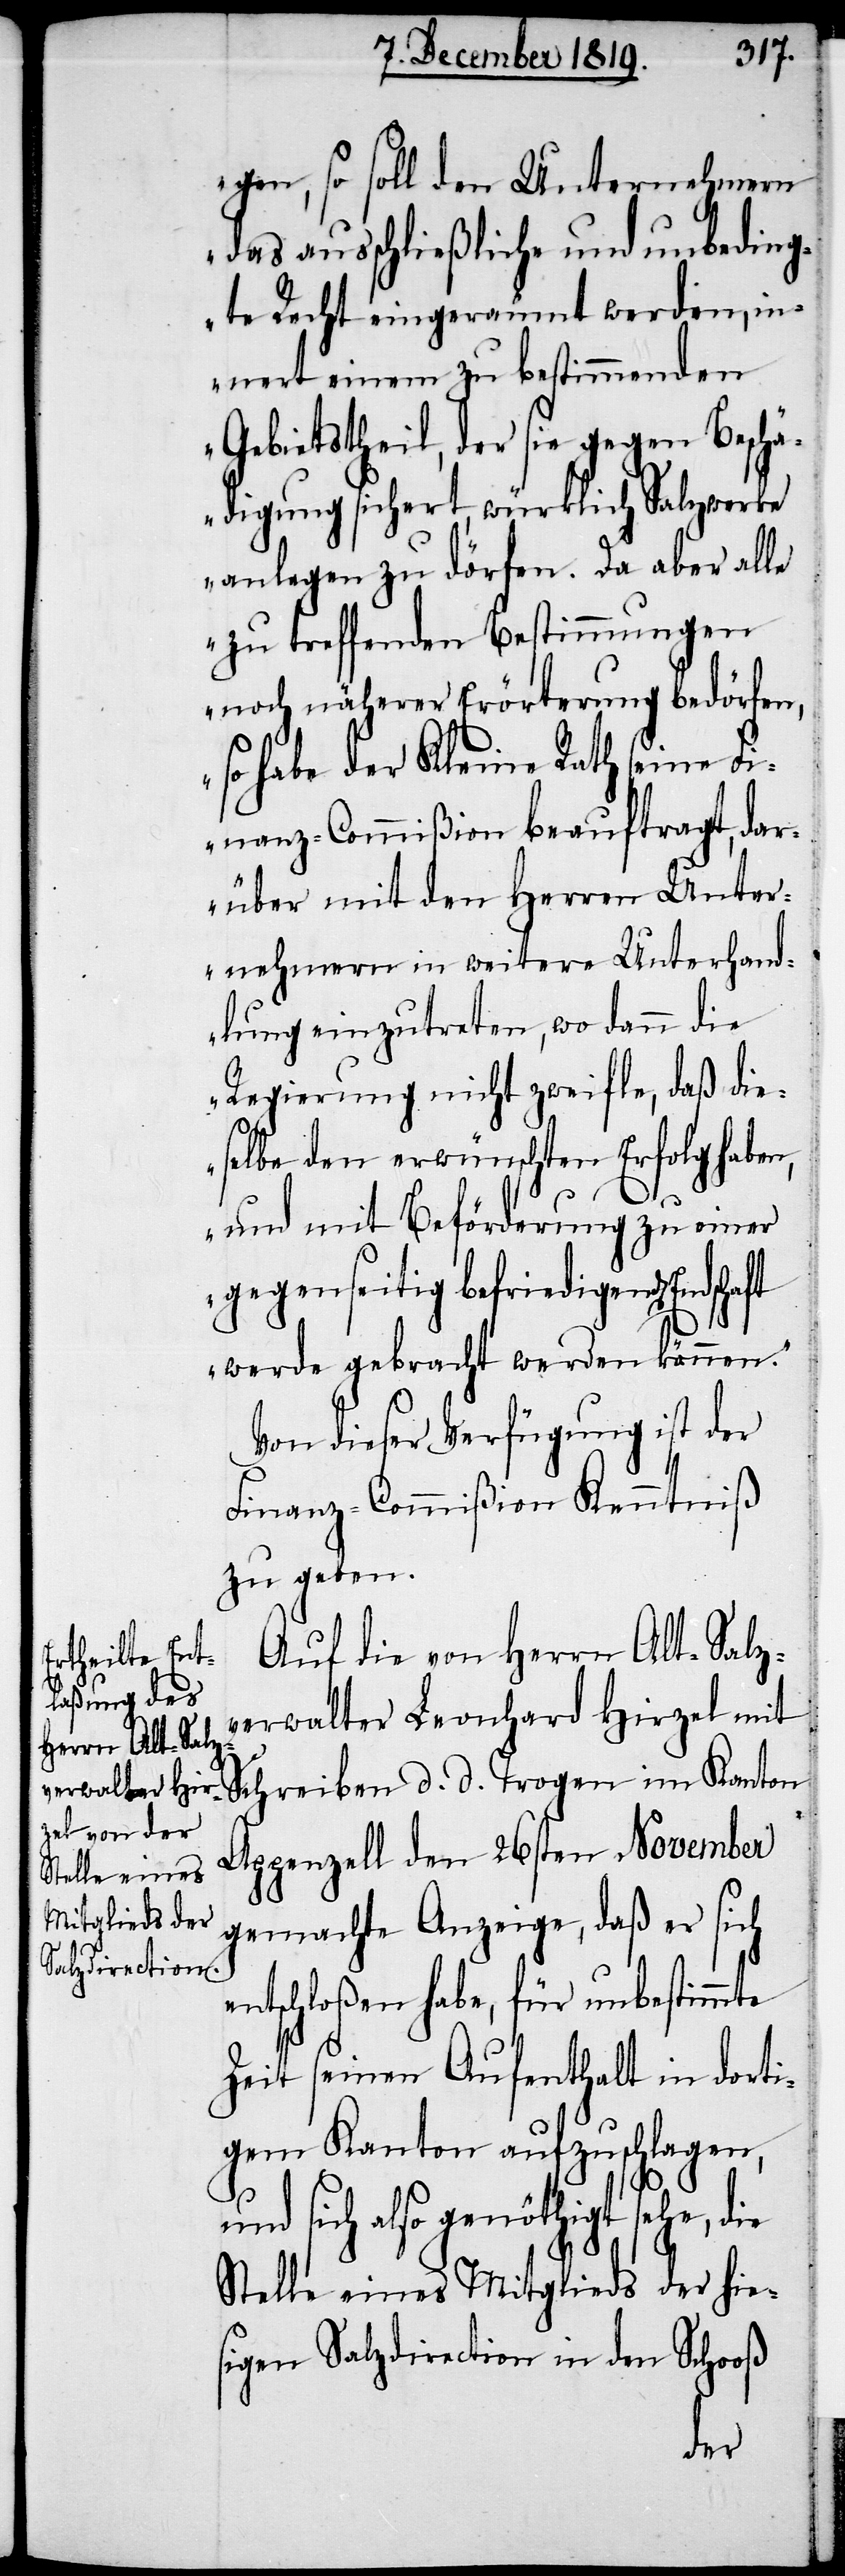
gen, so soll den Unternehmern
das ausschließliche und unbeding¬
te Recht eingeräumt werden, in¬
nert einem zu bestimmenden
Gebietstheil, der sie gegen Beschä¬
digung sichert, würklich Salzwerke
anlegen zu dörfen. Da aber alle
zu treffenden Bestimmungen
noch näherer Erörterung bedörfen,
so habe der Kleine Rath seine Fi¬
nanz-Commißion beauftragt, dar¬
über mit den Herren Unter¬
nehmern in weitere Unterhand¬
lung einzutreten, wo dann die
Regierung nicht zweifle, daß die¬
selbe den erwünschten Erfolg haben,
und mit Beförderung zu einer
gegenseitig befriedigend[en]
werde gebraucht werden können.“
Von dieser Verfügung ist der
Finanz-Commißion Kenntniß
zu geben.
Auf die von Herrn Alt-Salz¬
verwalter Leonhard Hirzel mit
Schreiben d. d. Trogen im Kanton
Appenzell den 26sten November
gemachte Anzeige, daß er sich
entschloßen habe, für unbestimmte
Zeit seinen Aufenthalt in dorti¬
gem Kanton aufzuschlagen,
und sich also genöthigt sehe, die
Stelle eines Mitglieds der hie¬
sigen Salzdirection in den Schooß